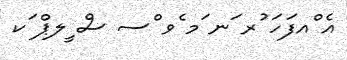
އެ ްއފަހަ ުރ ަނ ަމ ެވ ްސ ސް ީލޕް ަކ